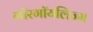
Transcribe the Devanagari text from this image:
गॉरगॉयलिज्म